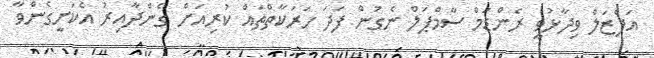
އަފްޒަލް ވިދާޅުވީ ރެންޑަމް ސާމްޕަލް ނެގުން ފަދަ ހަރަކާތްތައް ކުރިއަށް ގެންދާއިރު އެކަށީގެންވާ